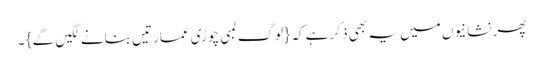
پھر نشانیوں میں یہ بھی ذکر ہے کہ { لوگ لمبی چوڑی عمارتیں بنانے لگیں گے } ۔